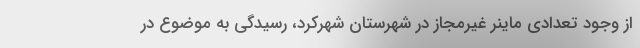
از وجود تعدادی ماینر غیرمجاز در شهرستان شهرکرد، رسیدگی به موضوع در